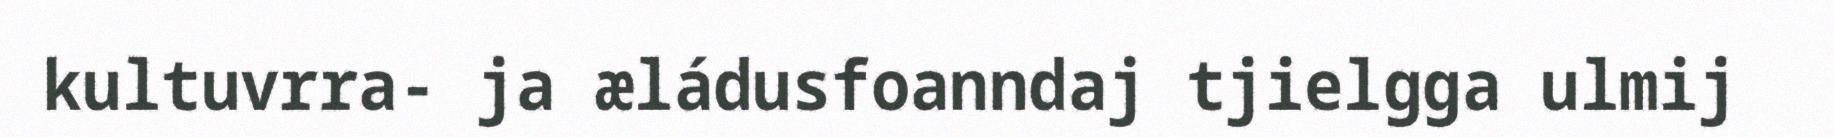
kultuvrra- ja æládusfoanndaj tjielgga ulmij